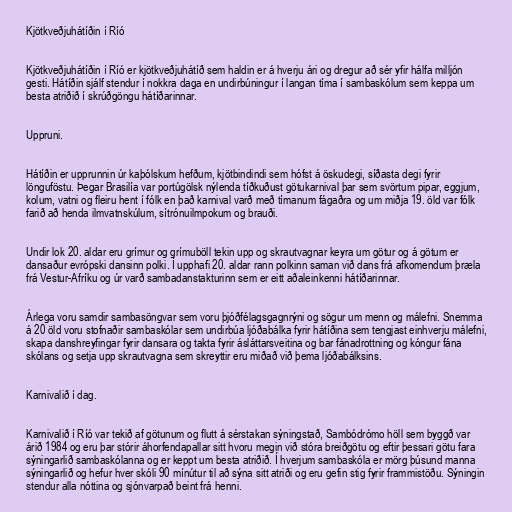
Kjötkveðjuhátíðin í Ríó

Kjötkveðjuhátíðin í Ríó er kjötkveðjuhátíð sem haldin er á hverju ári og dregur að sér yfir hálfa milljón
gesti. Hátíðin sjálf stendur í nokkra daga en undirbúningur í langan tíma í sambaskólum sem keppa um
besta atriðið í skrúðgöngu hátíðarinnar.

Uppruni.

Hátíðin er upprunnin úr kaþólskum hefðum, kjötbindindi sem hófst á öskudegi, síðasta degi fyrir
lönguföstu. Þegar Brasilía var portúgölsk nýlenda tíðkuðust götukarnival þar sem svörtum pipar, eggjum,
kolum, vatni og fleiru hent í fólk en það karnival varð með tímanum fágaðra og um miðja 19. öld var fólk
farið að henda ilmvatnskúlum, sítrónuilmpokum og brauði.

Undir lok 20. aldar eru grímur og grímuböll tekin upp og skrautvagnar keyra um götur og á götum er
dansaður evrópski dansinn polki. Í upphafi 20. aldar rann polkinn saman við dans frá afkomendum þræla
frá Vestur-Afríku og úr varð sambadanstakturinn sem er eitt aðaleinkenni hátíðarinnar.

Árlega voru samdir sambasöngvar sem voru þjóðfélagsgagnrýni og sögur um menn og málefni. Snemma
á 20 öld voru stofnaðir sambaskólar sem undirbúa ljóðabálka fyrir hátíðina sem tengjast einhverju málefni,
skapa danshreyfingar fyrir dansara og takta fyrir ásláttarsveitina og bar fánadrottning og kóngur fána
skólans og setja upp skrautvagna sem skreyttir eru miðað við þema ljóðabálksins.

Karnivalið í dag.

Karnivalið í Ríó var tekið af götunum og flutt á sérstakan sýningstað, Sambódrómo höll sem byggð var
árið 1984 og eru þar stórir áhorfendapallar sitt hvoru megin við stóra breiðgötu og eftir þessari götu fara
sýningarlið sambaskólanna og er keppt um besta atriðið. Í hverjum sambaskóla er mörg þúsund manna
sýningarlið og hefur hver skóli 90 mínútur til að sýna sitt atriði og eru gefin stig fyrir frammistöðu. Sýningin
stendur alla nóttina og sjónvarpað beint frá henni.